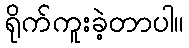
ရိုက်ကူးခဲ့တာပါ။